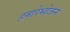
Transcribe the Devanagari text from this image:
हमारेभोजन